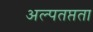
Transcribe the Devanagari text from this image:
अल्पतप्तता